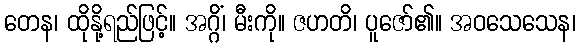
တေန၊ ထိုနို့ရည်ဖြင့်။ အဂ္ဂိံ၊ မီးကို။ ဇဟတိ၊ ပူဇော်၏။ အဝသေသေန၊